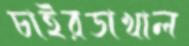
চাইরডাখাল